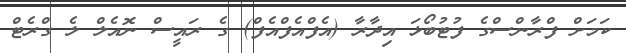
ކަމަށް ފްރާންސްގެ ފުޓުބޯޅަ އިދާރާ (އެފްއެފްއެފް) ގެ ރައީސް ނޮއެލް ލެ ގްރެޓް